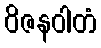
ဝိဇနဝါတံ